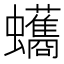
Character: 𮕘